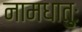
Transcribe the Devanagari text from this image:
नामधातुः